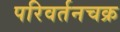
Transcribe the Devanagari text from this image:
परिवर्तनचक्र